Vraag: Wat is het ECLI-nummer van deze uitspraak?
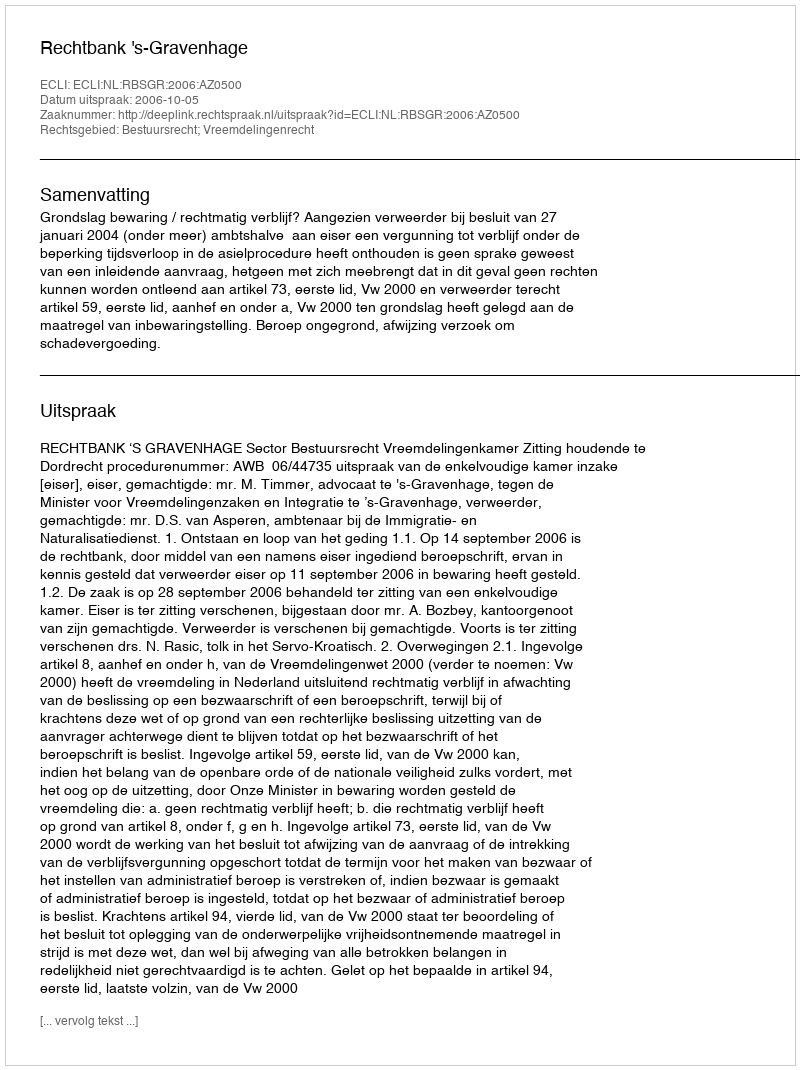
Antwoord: ECLI:NL:RBSGR:2006:AZ0500